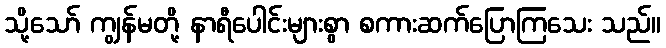
သို့သော် ကျွန်မတို့ နာရီပေါင်းများစွာ စကားဆက်ပြောကြသေး သည်။